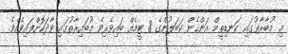
މި މުބާރާތުގައި ކަނޑިތީމް އަންހެން ކަބަލުންގެ 8 ޓީމެއް ބައިވެރިވެ މުބައިރާތުގައި ވާދަކޮށްފައިވެއެވެ.